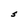
Character: S